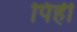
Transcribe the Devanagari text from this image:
पिही